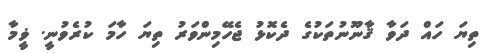
ތިޔަ ހައް ދަވާ ޤާނޫނުތަކުގެ ދެކޮޅު ޖެހޭމިންވަރު ތިޔަ ހާމަ ކުރެވުނީ. ޥީމާ